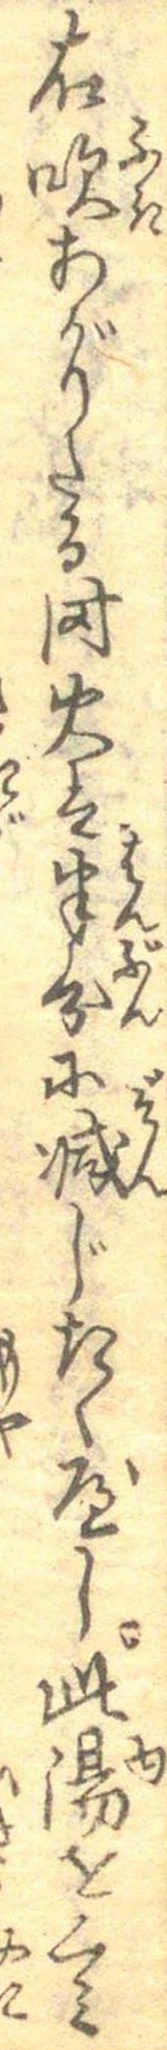
右吹あがりたる時火は半分に減じたくべし此湯をくみ